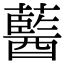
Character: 𧂢